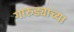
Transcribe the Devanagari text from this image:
गारुड्याच्या